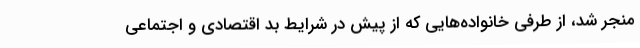
منجر شد، از طرفی خانواده‌هایی که از پیش در شرایط بد اقتصادی و اجتماعی